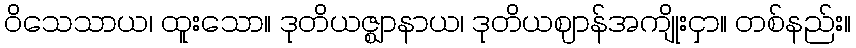
ဝိသေသာယ၊ ထူးသော။ ဒုတိယဇ္ဈာနာယ၊ ဒုတိယဈာန်အကျိုးငှာ။ တစ်နည်း။